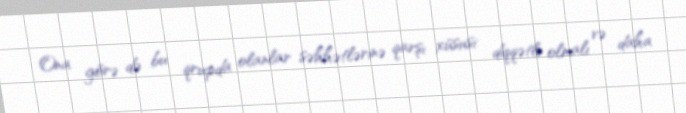
Ona görə də bu qrupda olanlar səhhətlərinə qarşı xüsusi diqqətli olmalı və daha